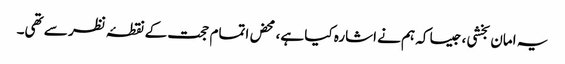
یہ امان بخشی، جیسا کہ ہم نے اشارہ کیا ہے، محض اتمام حجت کے نقطۂ نظر سے تھی۔